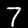
Label: 7